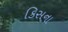
કિસના